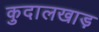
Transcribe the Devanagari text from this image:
कुदालखाड़